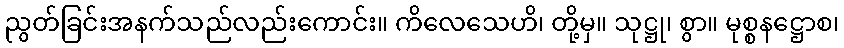
ညွတ်ခြင်းအနက်သည်လည်းကောင်း။ ကိလေသေဟိ၊ တို့မှ။ သုဋ္ဌု၊ စွာ။ မုစ္စနဋ္ဌောစ၊